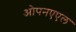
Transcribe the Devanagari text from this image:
ओपनएएल